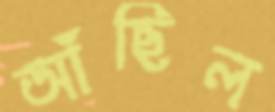
আঁছিল